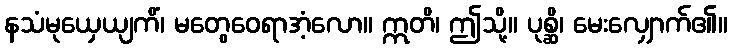
နသံမုယှေယျကိံ၊ မတွေဝေရာအံ့လော။ ဣတိ၊ ဤသို့။ ပုစ္ဆိ၊ မေးလျှောက်၏။